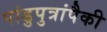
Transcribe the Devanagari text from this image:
पांडुपुत्रांपैकी